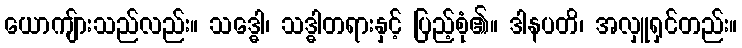
ယောကျ်ားသည်လည်း။ သဒ္ဓေါ၊ သဒ္ဓါတရားနှင့် ပြည့်စုံ၏။ ဒါနပတိ၊ အလှူရှင်တည်း။